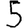
Digit: 5